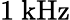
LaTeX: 1\ \mathrm{kHz}